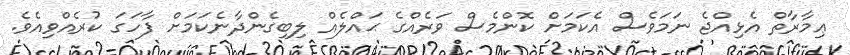
ޢިމާރާތް އެޅިއްޖެ ނަމަވެސް އެކަމަށް ކޮންމެސް ވަރެއްގެ ޙައްލެއް ލިބިގެންދާނެކަމަށް ފާހަގަ ކުރެއްވިއެވެ.